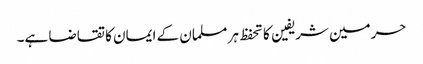
حرمین شریفین کا تحفظ ہر مسلمان کے ایمان کا تقاضا ہے۔